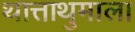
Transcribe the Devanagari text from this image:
थात्ताथुमाला